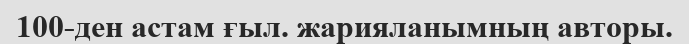
100-ден астам ғыл. жарияланымның авторы.